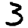
Digit: 3